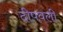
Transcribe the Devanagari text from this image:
दीपवली